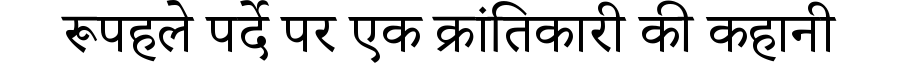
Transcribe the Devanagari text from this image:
रूपहले पर्दे पर एक क्रांतिकारी की कहानी